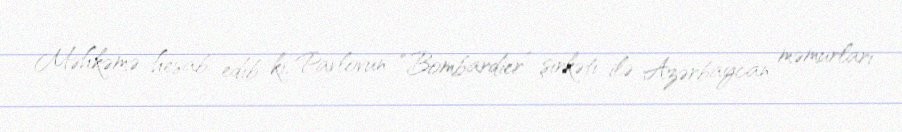
Məhkəmə hesab edib ki, Pavlovun “Bombardier” şirkəti ilə Azərbaycan məmurları